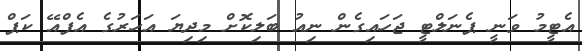
އެޓީމު ވަނީ ޕެނަލްޓީ ޖަހައިގެން ނިއު ބަލިކޮށް މިދިޔަ އަހަރުގެ އެފްއޭ ކަޕް